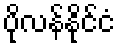
ပိုလန်နိုင်ငံ